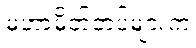
မဟာမိတ်တပ်များက